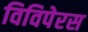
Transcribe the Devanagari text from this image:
विविपेरस